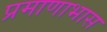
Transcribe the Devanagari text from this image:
प्रमाणाभास